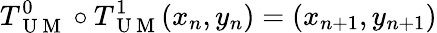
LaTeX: T_{\mathrm{~U~M~}}^{0}\circ T_{\mathrm{~U~M~}}^{1}(x_{n},y_{n})=(x_{n+1},y_{n+1})